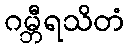
ဂမ္ဘီရသိတံ